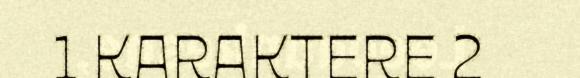
1 KARAKTERE 2